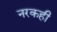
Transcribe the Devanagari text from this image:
नरकही